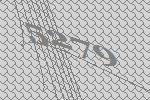
5279